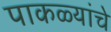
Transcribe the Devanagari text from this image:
पाकळ्यांचे